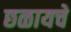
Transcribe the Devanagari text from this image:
छळायचे